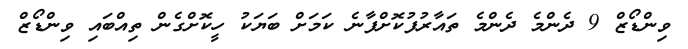
ވިންޑޯޒް 9 ދެންމެ ދެންމެ ތައާރުފުކޮށްފާނެ ކަމަށް ބަޔަކު ހީކޮށްގެން ތިއްބައި ވިންޑޯޒް